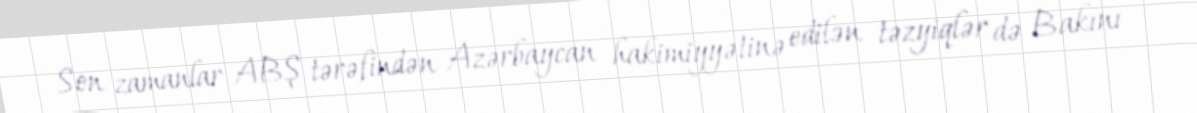
Son zamanlar ABŞ tərəfindən Azərbaycan hakimiyyətinə edilən təzyiqlər də Bakını